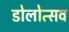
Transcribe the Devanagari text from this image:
डोलोत्सव